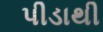
પીડાથી